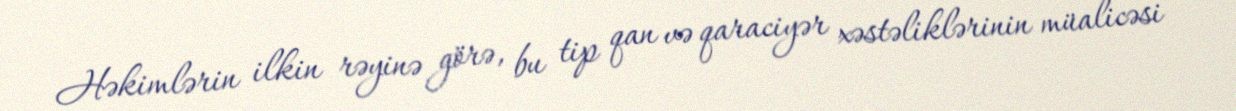
Həkimlərin ilkin rəyinə görə, bu tip qan və qaraciyər xəstəliklərinin müalicəsi